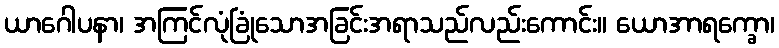
ယာဂေါပနာ၊ အကြင်လုံခြုံသောအခြင်းအရာသည်လည်းကောင်း။ ယောအာရက္ခော၊